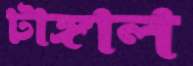
টাঙ্গাল